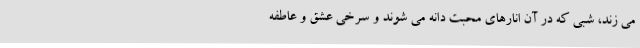
می زند، شبی که در آن انارهای محبت دانه می شوند و سرخی عشق و عاطفه